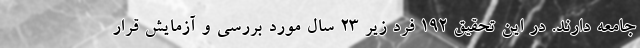
جامعه دارند. در این تحقیق ۱۹۲ فرد زیر ۲۳ سال مورد بررسی و آزمایش قرار